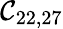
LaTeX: \mathcal{C}_{22,27}